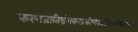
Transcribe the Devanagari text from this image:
करणजातिभ्रंशकरप्रकीर्णकादिनानाविधपातकानां